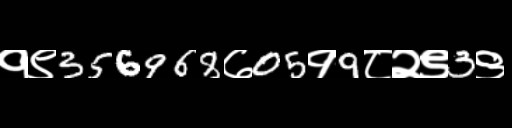
Text: १९356968७05१9८२९3९